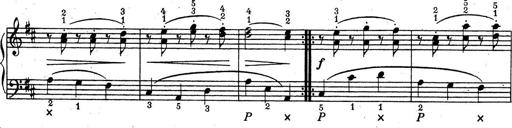
Title: ÄŒeskÃ© Sonatiny
Composer: Various